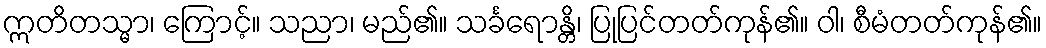
ဣတိတသ္မာ၊ ကြောင့်။ သညာ၊ မည်၏။ သင်္ခရောန္တိ၊ ပြုပြင်တတ်ကုန်၏။ ဝါ၊ စီမံတတ်ကုန်၏။